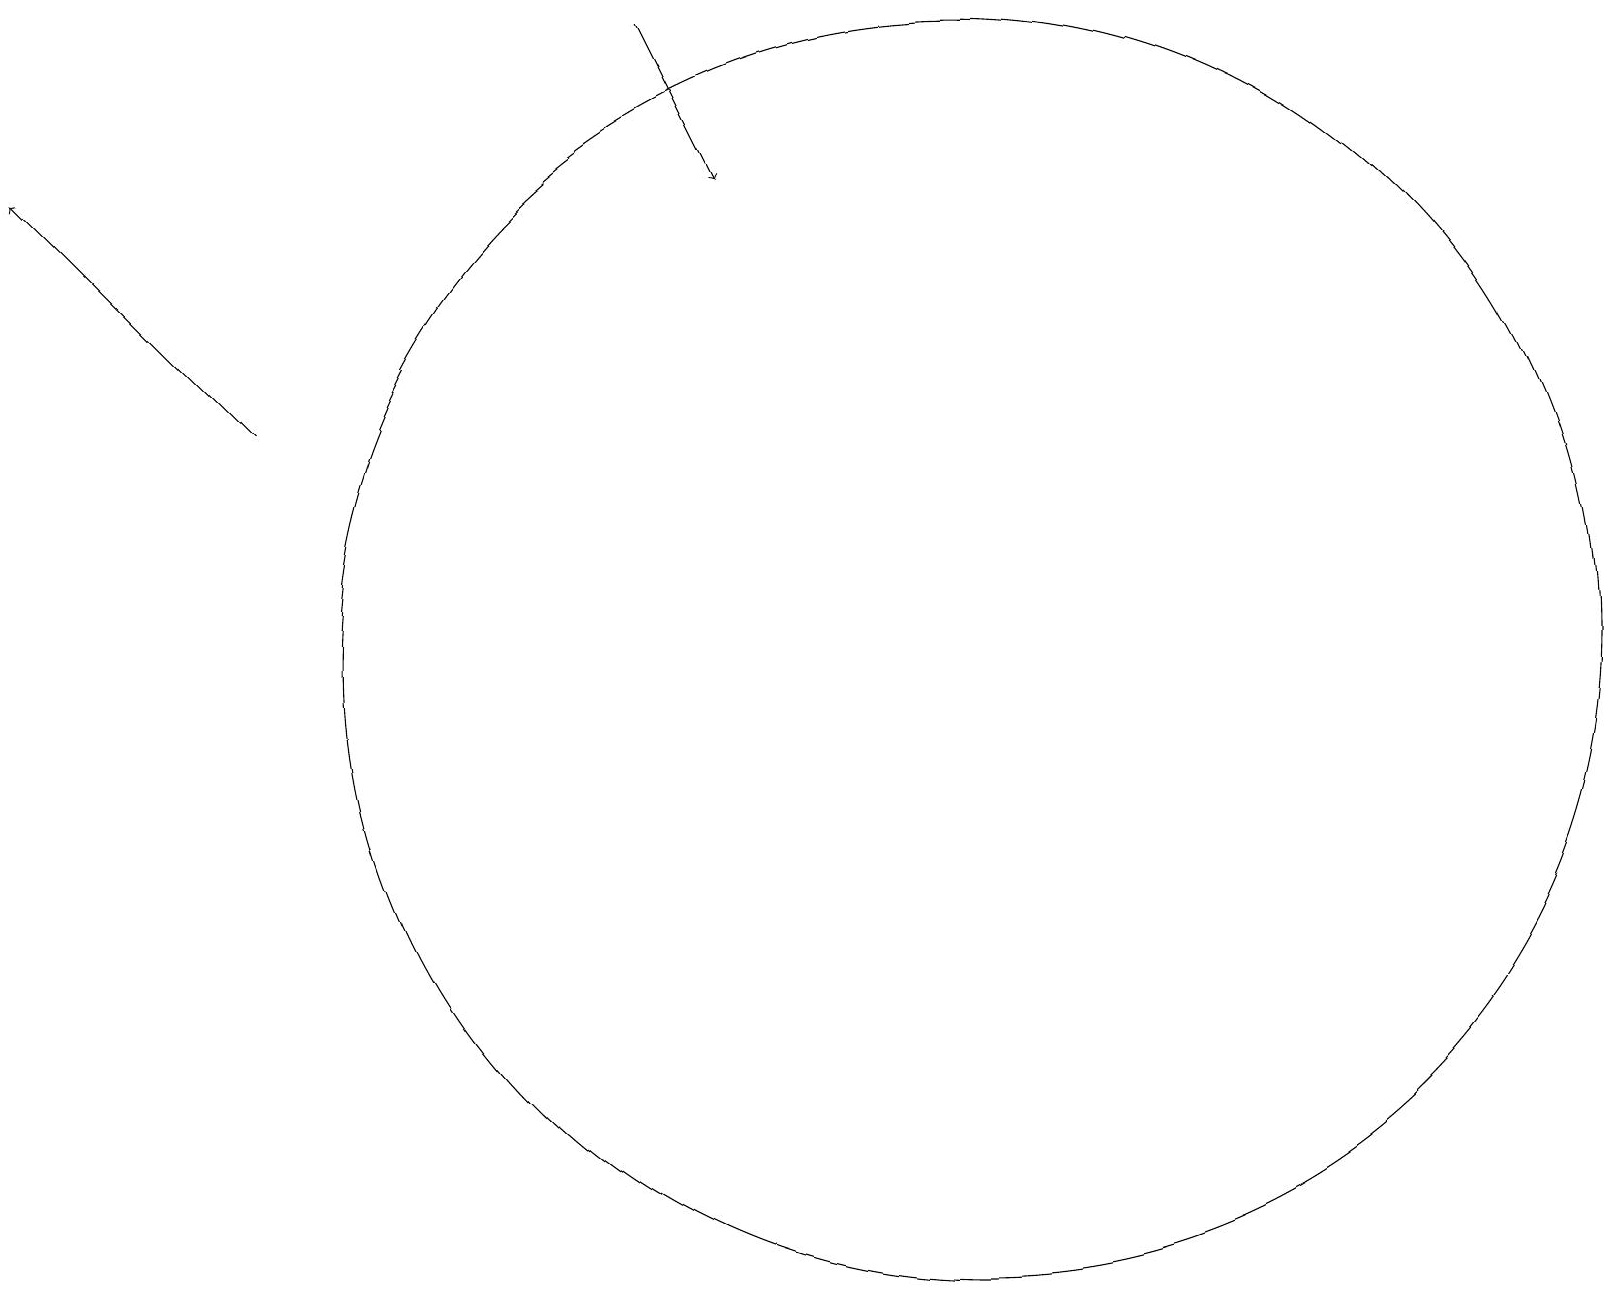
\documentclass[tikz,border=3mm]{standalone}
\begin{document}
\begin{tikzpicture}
\draw[->] (8,18) -- (9,16);
\draw[->] (3,13) -- (0,16);
\draw (12,10) circle (8);
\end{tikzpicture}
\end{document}